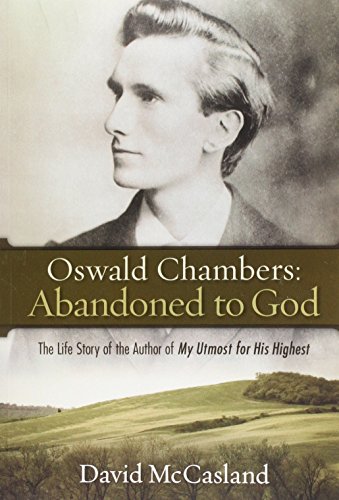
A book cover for Oswald Chambers: Abandoned to God: The Life Story of the Author of My Utmost for His Highest; David McCasland; Christian Books & Bibles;